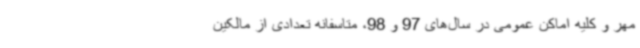
مهر و کلیه اماکن عمومی در سال‌های 97 و 98، متاسفانه تعدادی از مالکین